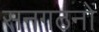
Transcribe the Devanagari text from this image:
सनगठनों